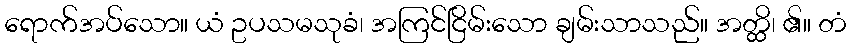
ရောက်အပ်သော။ ယံ ဥပသမသုခံ၊ အကြင်ငြိမ်းသော ချမ်းသာသည်။ အတ္ထိ၊ ၏။ တံ